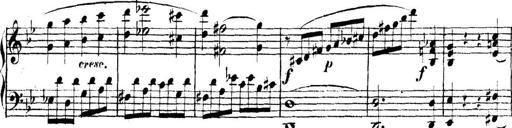
Title: Collected Piano Sonatas
Composer: Muzio Clementi